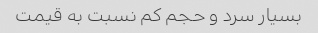
بسیار سرد و حجم کم نسبت به قیمت